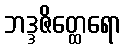
ဘဒ္ဒဇိတ္ထေရော